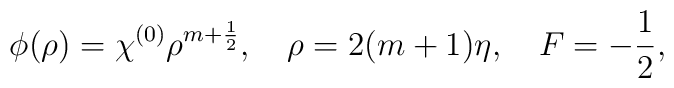
\phi(\rho)=\chi^{(0)}\rho^{m+\frac 12}, \quad \rho = 2(m+1)\eta,\quad F=-\frac 12,